Scottish Leaving Certificate Examination, 1956
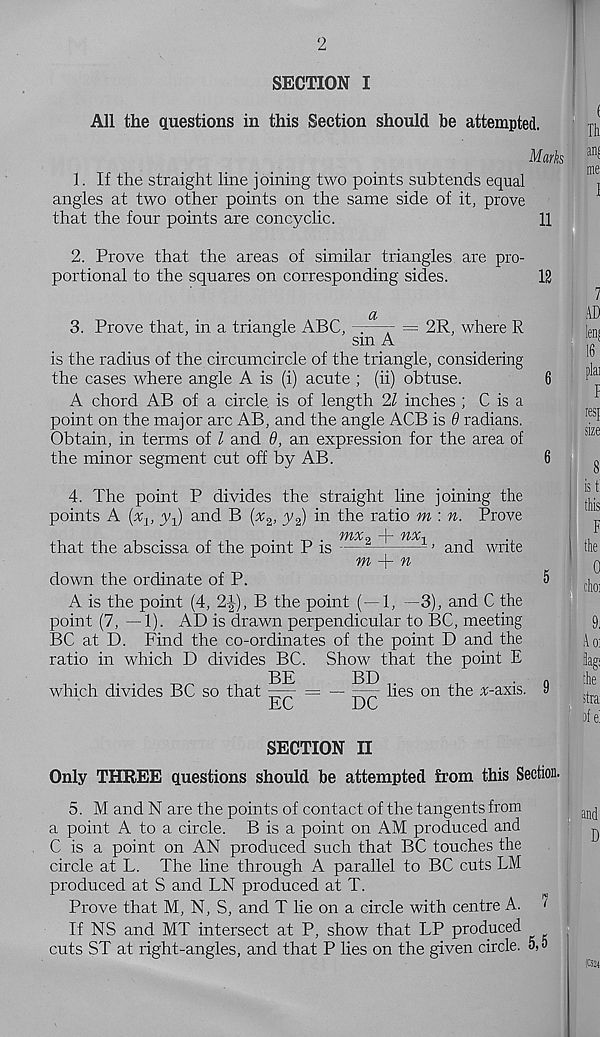
2
SECTION I
All the questions in this Section should be attempted.
Th
Mark an^
1. If the straight line joining two points subtends equal
angles at two other points on the same side of it, prove
that the four points are coneyclic.
11
2. Prove that the areas of similar triangles are pro-
portional to the squares on corresponding sides.
12
3. Prove that, in a triangle ABC,
a
sin A
= 2R, where R
is the radius of the circumcircle of the triangle, considering
the cases where angle A is (i) acute ; (ii) obtuse.
A chord AB of a circle is of length 21 inches ; C is a
point on the major arc AB, and the angle ACB is 9 radians.
Obtain, in terms of l and 9, an expression for the area of
the minor segment cut off by AB.
4. The point P divides the straight line joining the
points A (x v yq) and B (x^, y 2 ) in the ratio m : n. Prove
that the abscissa of the point P is
down the ordinate of P.
mx< + nx x
m
n
and write
A is the point (4, 2|-), B the point (—1, —3), and C the
point (7, —1). AD is drawn perpendicular to BC, meeting
BC at D. Find the co-ordinates of the point D and the
ratio in which D divides BC. Show that the point E
BE
BD
,
.
which divides BC so that —— = —
lies on the ^-axis.
EC
DC
5. M and N are the points of contact of the tangents from
a point A to a circle. B is a point on AM produced and
C is a point on AN produced such that BC touches the
circle at L. The line through A parallel to BC cuts LM
produced at S and LN produced at T.
Prove that M, N, S, and T lie on a circle with centre A.
If NS and MT intersect at P, show that LP produced
cuts ST at right-angles, and that P lies on the given circle. 5,5
me
7
AD
leq
phi
1
resf
size
is t
this
F
0
9.
Ao:
the
stra:
pfei
SECTION II
Only THREE questions should be attempted from this Section.
and
D
7
(C52(